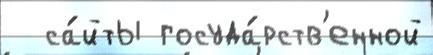
  са́йты госуда́рств'енной